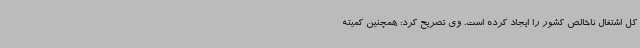
کل اشتغال ناخالص کشور را ایجاد کرده است. وی تصریح کرد: همچنین کمیته